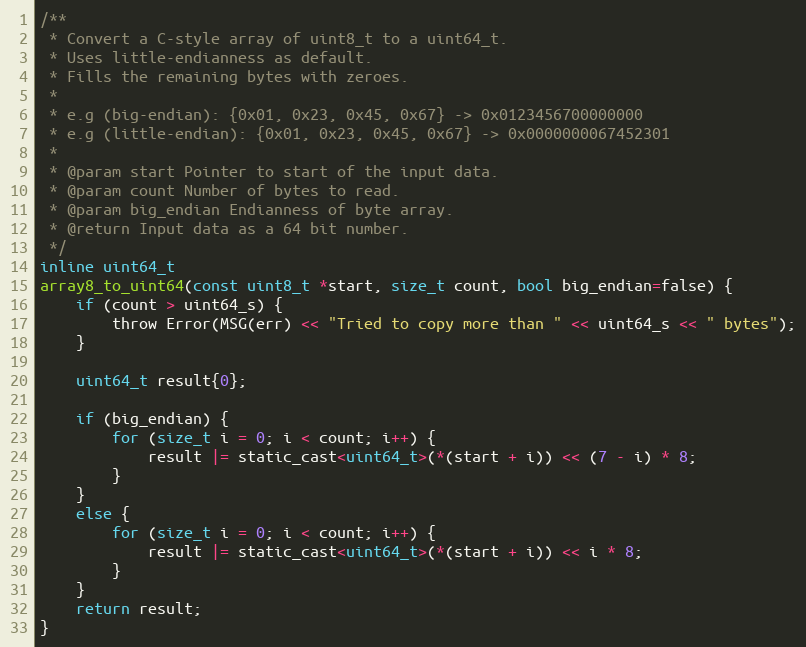
Language: C
/**
 * Convert a C-style array of uint8_t to a uint64_t.
 * Uses little-endianness as default.
 * Fills the remaining bytes with zeroes.
 *
 * e.g (big-endian): {0x01, 0x23, 0x45, 0x67} -> 0x0123456700000000
 * e.g (little-endian): {0x01, 0x23, 0x45, 0x67} -> 0x0000000067452301
 *
 * @param start Pointer to start of the input data.
 * @param count Number of bytes to read.
 * @param big_endian Endianness of byte array.
 * @return Input data as a 64 bit number.
 */
inline uint64_t
array8_to_uint64(const uint8_t *start, size_t count, bool big_endian=false) {
	if (count > uint64_s) {
		throw Error(MSG(err) << "Tried to copy more than " << uint64_s << " bytes");
	}

	uint64_t result{0};

	if (big_endian) {
		for (size_t i = 0; i < count; i++) {
			result |= static_cast<uint64_t>(*(start + i)) << (7 - i) * 8;
		}
	}
	else {
		for (size_t i = 0; i < count; i++) {
			result |= static_cast<uint64_t>(*(start + i)) << i * 8;
		}
	}
	return result;
}